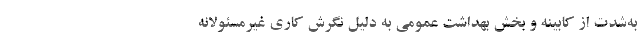
به‌شدت از کابینه و بخش بهداشت عمومی به دلیل نگرش کاری غیرمسئولانه